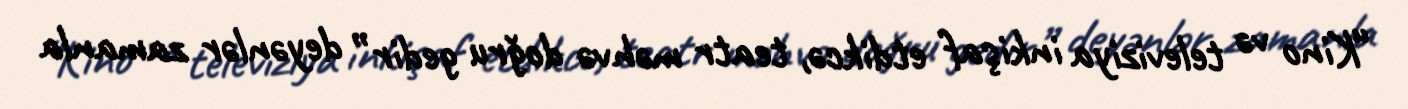
“Kino və televiziya inkişaf etdikcə, teatr məhvə doğru gedir” deyənlər zamanla